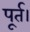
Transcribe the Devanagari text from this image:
पूर्त।